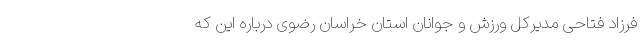
فرزاد فتاحی مدیرکل ورزش و جوانان استان خراسان رضوی درباره این که